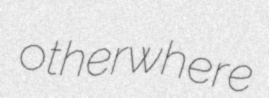
otherwhere